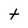
Character: t